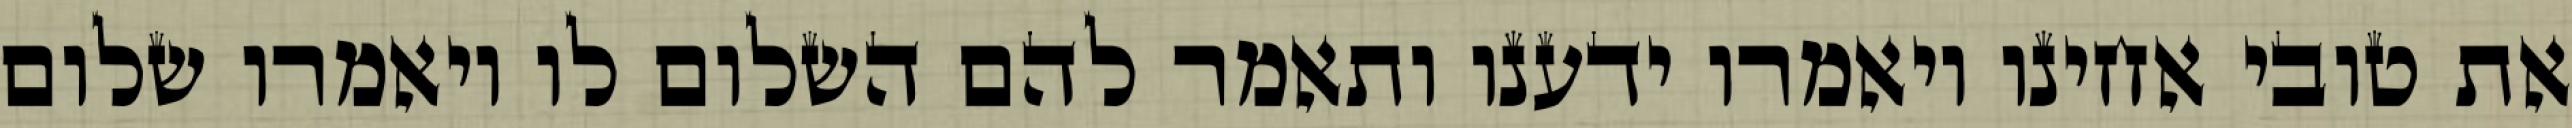
את טובי אחינו ויאמרו ידענו ותאמר להם השלום לו ויאמרו שלום